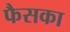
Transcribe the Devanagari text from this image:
फैसका